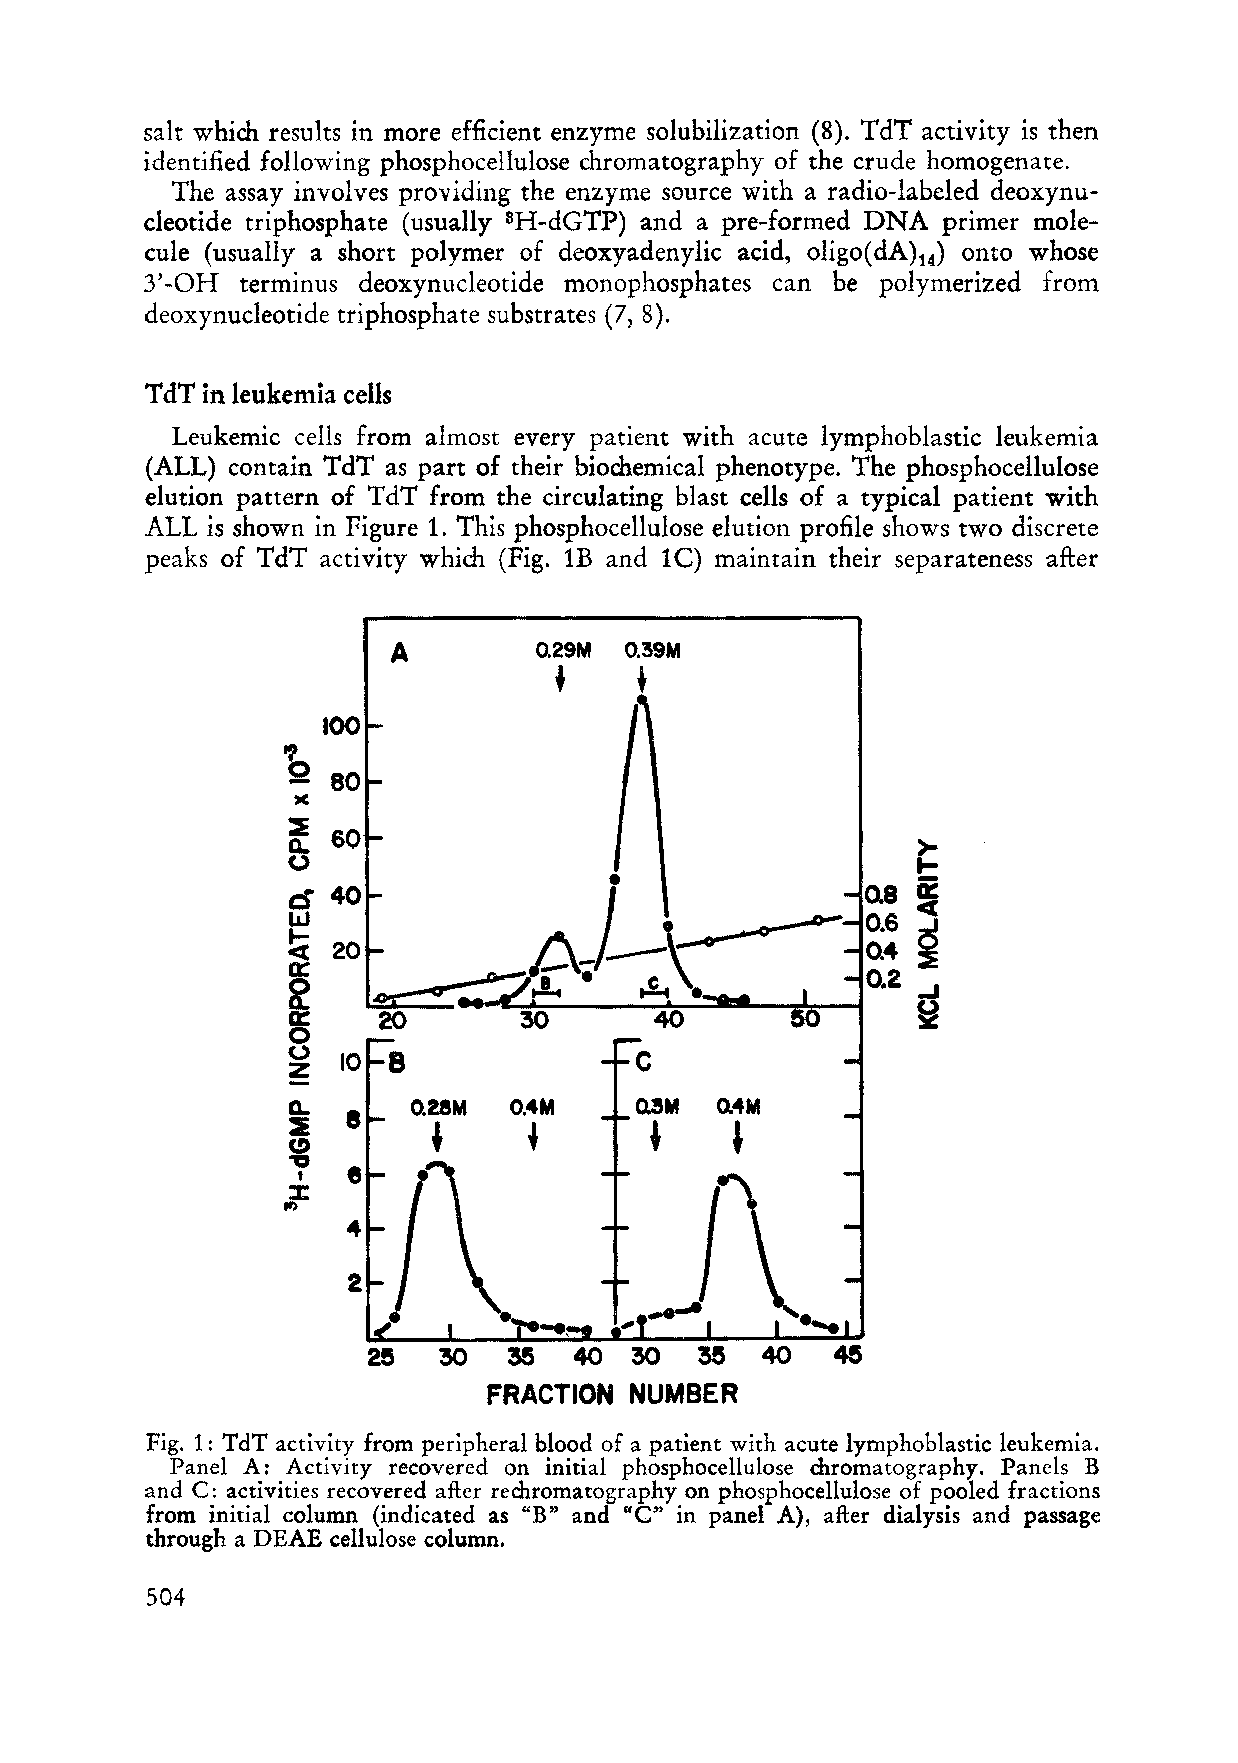
salt which results in more efficient enzyme solubilization (8). TdT activity is then
 identified following phosphocellulose chromatography of the crude homogenate.
 The assay involves providing the enzyme source with a radio-Iabeled deoxynu
 cleotide triphosphate (usually sH-dGTP) and a pre-formed DNA primer mole
 eule (usually a short polymer of deoxyadenylic acid, oligo( dA)14) onto whose
 3'-OH terminus deoxynucleotide monophosphates can be polymerized from
 deoxynucleotide triphosphate substrates (7, 8).
 T dT in leukemia cells
 Leukemic cells from almost every patient with acute lymphoblastic leukemia
 (ALL) contain TdT as part of their biochemical phenotype. The phosphocellulose
 elution pattern of TdT from the circulating blast cells of a typical patient with
 ALL is shown in Figure 1. This phosphocellulose elution profile shows two discrete
 peaks of TdT activity which (Fig. IB and lC) maintain their separateness after
 A        o.29M O.39M
 +    +
 .,
 Q
 lIC
 ~
 0..                                       )-
 0                                         t-
 i2
 cI 40                                     c:r
 ;
 L&J
 ~
 a::
 ~                                         ..J
 a::                                       ~
 0                            ,
 0
 -Z
 0..            O.4M         o.4M
 ~
 ~
 (!)
 -.::J
 I
 %
 ."
 2e   !O   35  40  !O  3!5
 FRACTION  NUMBER
 Fig. 1: TdT activity from peripheral blood of a patient with acute lymphoblastic leukemia.
 Panel A: Activity recovered on initial phosphocellulose duomatography. Panels B
 and C: activities recovered after rechromatography on phosphocellulose of pooled fractions
 from initial column (indicated as "B" and "C" in panel A), after dialysis and passage
 through a DEAE cellulose column.
 504